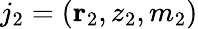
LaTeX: j_{2}=({\mathbf r}_{2},z_{2},m_{2})